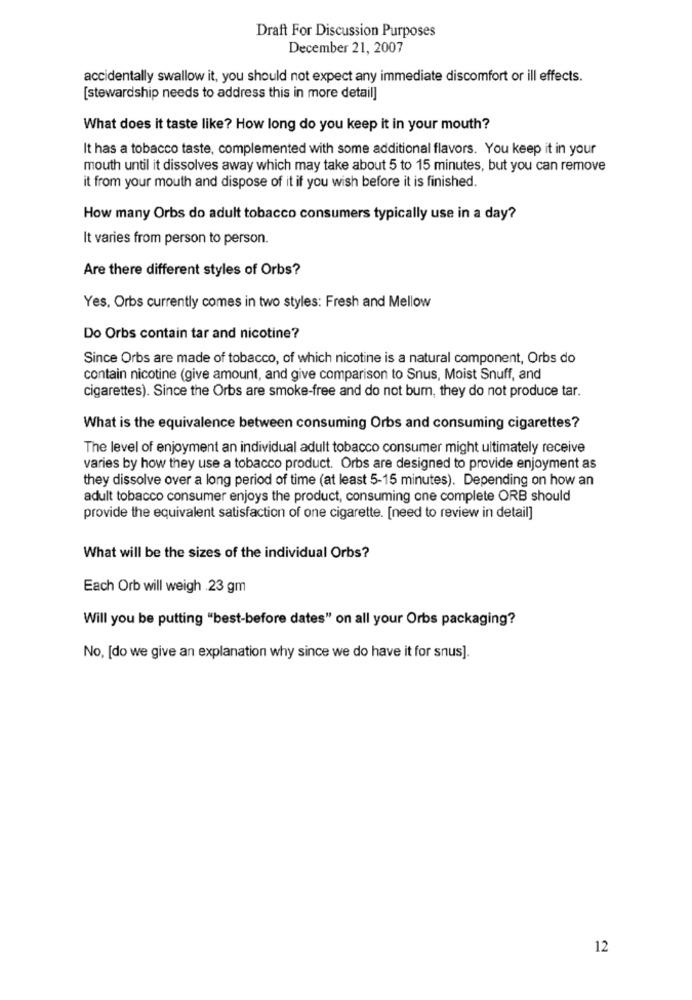
Draft For Discussion Purposes
December 21, 2007
accidentally swallow it, you should not expect any immediate discomfort or ill effects.
[stewardship needs to address this in more detail]
What does it taste like? How long do you keep it in your mouth?
It has a tobacco taste, complemented with some additional flavors. You keep it in your
mouth until it dissolves away which may take about 5 to 15 minutes, but you can remove
it from your mouth and dispose of it if you wish before it is finished.
How many Orbs do adult tobacco consumers typically use in a day?
It varies from person to person.
Are there different styles of Orbs?
Yes, Orbs currently comes in two styles: Fresh and Mellow
Do Orbs contain tar and nicotine?
Since Orbs are made of tobacco, of which nicotine is a natural component, Orbs do
contain nicotine (give amount, and give comparison to Snus, Moist Snuff, and
cigarettes). Since the Orbs are smoke-free and do not bum, they do not produce tar.
What is the equivalence between consuming Orbs and consuming cigarettes?
The level of enjoyment an individual adult tobacco consumer might ultimately receive
varies by how they use a tobacco product. Orbs are designed to provide enjoyment as
they dissolve over a long period of time (at least 5-15 minutes). Depending on how an
adult tobacco consumer enjoys the product, consuming one complete ORB should
provide the equivalent satisfaction of one cigarette. [need to review in detail]
What will be the sizes of the individual Orbs?
Each Orb will weigh .23 gm
Will you be putting "best-before dates" on all your Orbs packaging?
No, [do we give an explanation why since we do have it for snus].
12